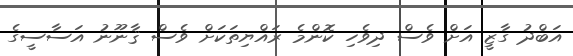
އަބްދު ގާޒީ އަށް ވެސް ދިވެހި ކޮންމެ ރައްޔިތަކަށް ވެސް ޤާނޫނު އަސާސީގެ